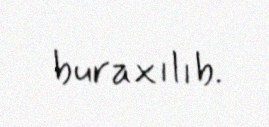
buraxılıb.